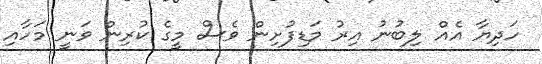
ހަދިޔާ އެއް ލިބުނު އިރު މަޑިފުށިން ވެސް މީގެ ކުރިން ވަނީ މަހާއި